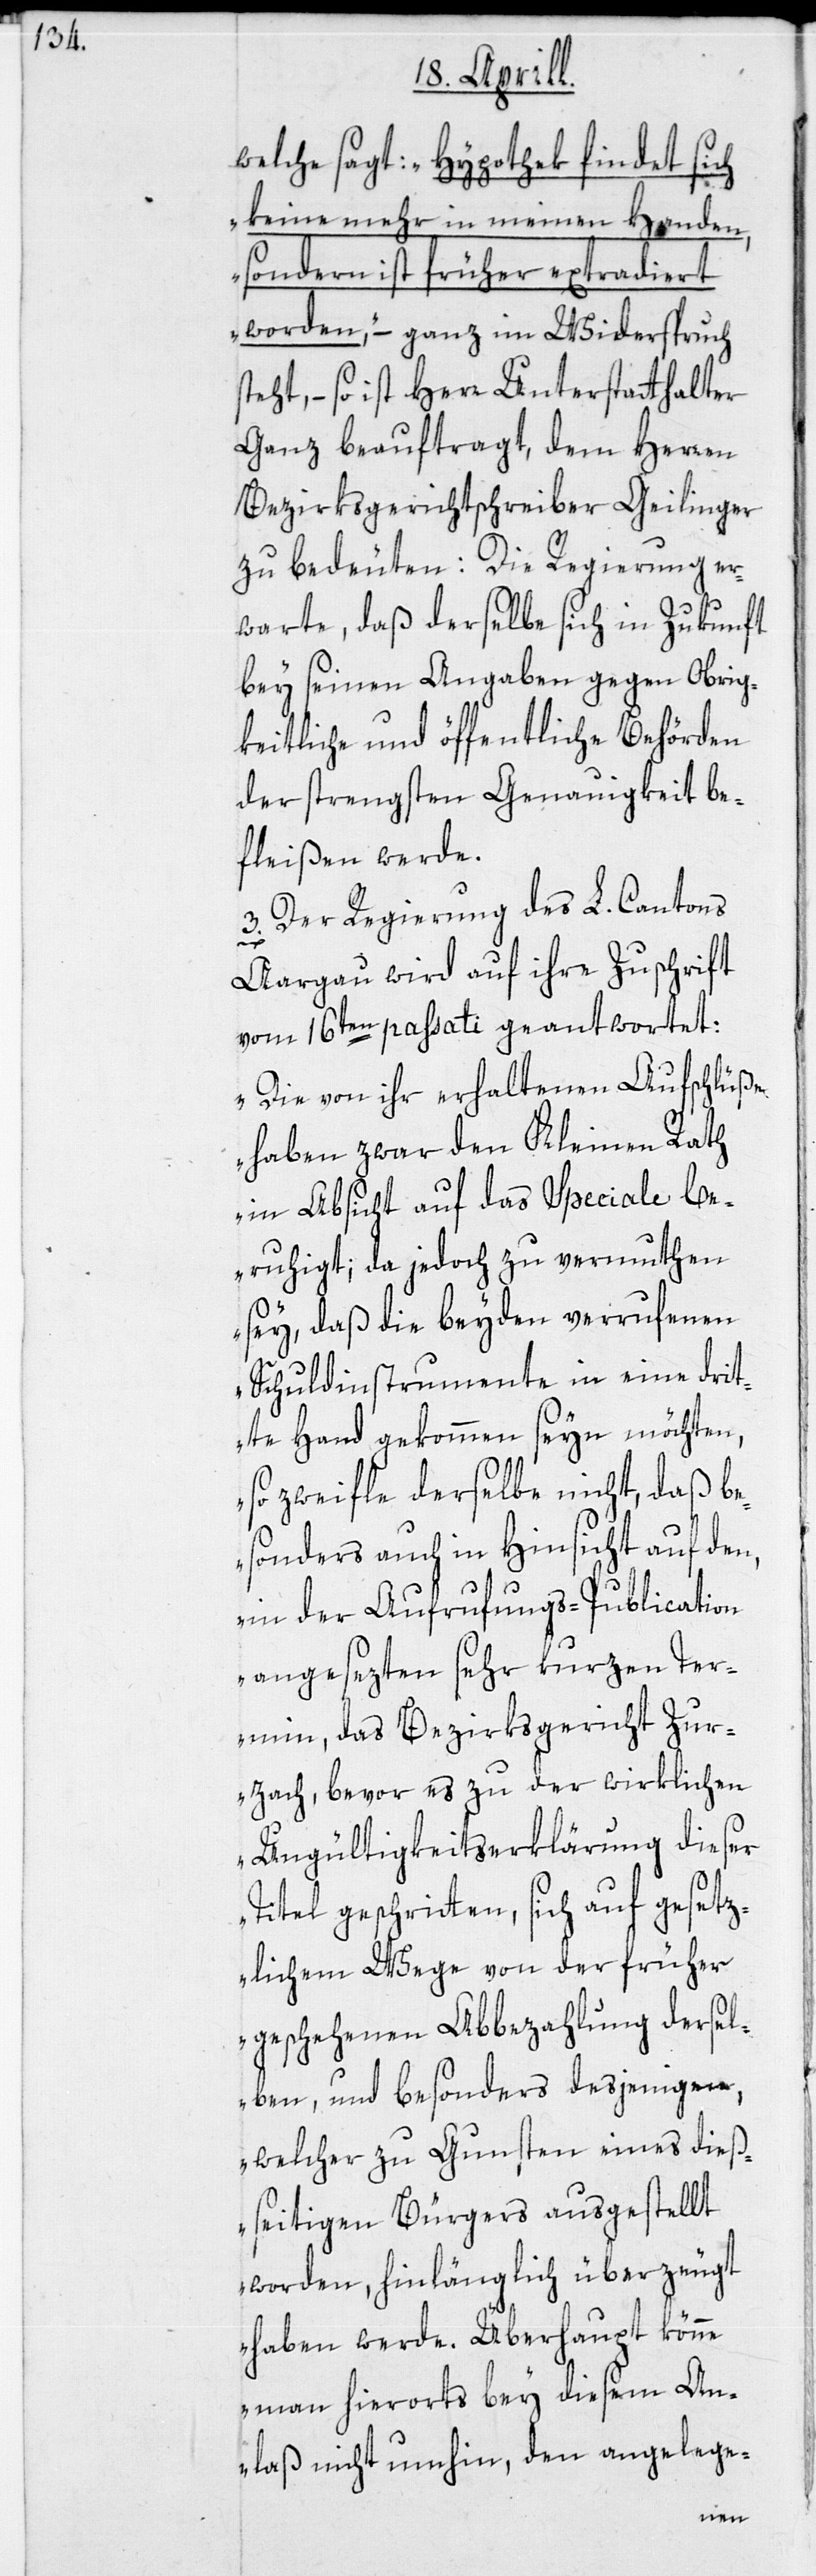
welche sagt: „Hypothek findet sich
keine mehr in meinen Handen,
sondern ist früher extradiert
worden,“ – ganz im Widerspruch
teht, – so ist Herr Unterstatthalter
Ganz beauftragt, dem Herren
Bezirksgerichtschreiber Geilinger
zu bedeuten: Die Regierung er¬
warte, daß derselbe sich in Zukunft
bey seinen Angaaben gegen Obrig¬
keitliche und öffentliche Behörden
der strengsten Genauigkeit be¬
fleißen werde.
3. Der Regierung des L. Cantons
s¬
Aargau wird auf ihre Zuschrift
vom 16ten passati geantwortet:
„Die von ihr erhaltenen Aufschlüße
haben zwar den Kleinen Rath
in Absicht auf das Speciale be¬
ruhigt; da jedoch zu vermuthen
sey, daß die beyden verrufenen
Schuldinsrumente in eine drit¬
te Hand gekommen seyn möchten,
so zweifle derselbe nicht, daß be¬
sonders auch in Hinsicht auf den,
in der Aufrufungs-Publication
angesezten sehr kurzen Ter¬
min, das Bezirksgericht Zur¬
zach, bevor es zu der wirklichen
Ungültigkeits-Erklärung dieser
Titel geschritten, sich auf gesetz¬
lichem Wege von der früher
geschehenen Abbezahlung dersel¬
ben, und besonders desjenigen,
welcher zu Gunsten eines dieß¬
seitigen Bürgers ausgestellt
worden, hinlänglich überzeugt
haben werde. Überhaupt könne
man hierorts bey diesem An¬
laß nicht umhin, den angelege-